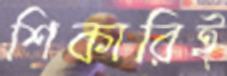
শিকারিই